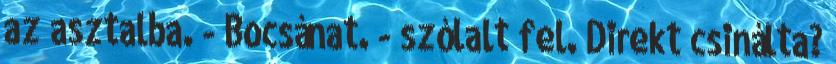
az asztalba. - Bocsánat. - szólalt fel. Direkt csinálta?